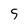
Character: 5